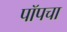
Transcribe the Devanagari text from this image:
पॉपचा